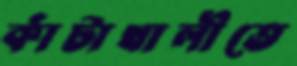
কাঁটাখালীতে